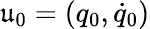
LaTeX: \mathfrak{u}_{0}=\left(q_{0},\dot{q}_{0}\right)